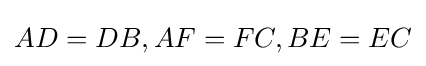
AD=DB,AF=FC,BE=EC